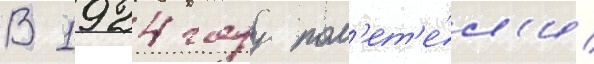
В 1924 году пол'ет'е́л'и